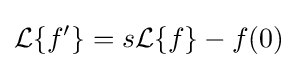
{\mathcal {L}}\{f'\}=s{\mathcal {L}}\{f\}-f(0)